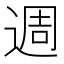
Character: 週